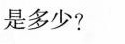
是多少?